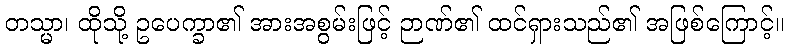
တသ္မာ၊ ထိုသို့ ဥပေက္ခာ၏ အားအစွမ်းဖြင့် ဉာဏ်၏ ထင်ရှားသည်၏ အဖြစ်ကြောင့်။